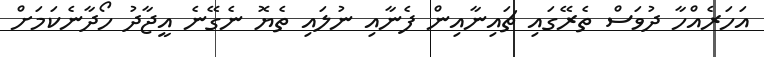
އަހަރެއްހާ ދުވަސް ތެރޭގައި ޗައިނާއިން ފެނާއި ނުލައި ތެޔޮ ނެގޭނެ އީޖާދު ހޯދާނެކަމަށް